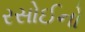
રસોઈનો